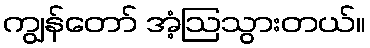
ကျွန်တော် အံ့ဩသွားတယ်။